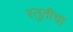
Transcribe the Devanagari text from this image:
स्तुतीचा